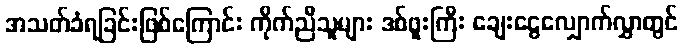
အသတ်ခံရခြင်းဖြစ်ကြောင်း ကိုက်ညီသူများ ဒစ်ဖူးကြီး ချေးငွေလျှောက်လွှာတွင်